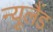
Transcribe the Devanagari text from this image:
न्‍यूलैंड